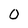
Character: 0